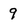
Character: 9